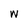
Character: W